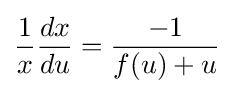
{\frac {1}{x}}{\frac {dx}{du}}={\frac {-1}{f(u)+u}}